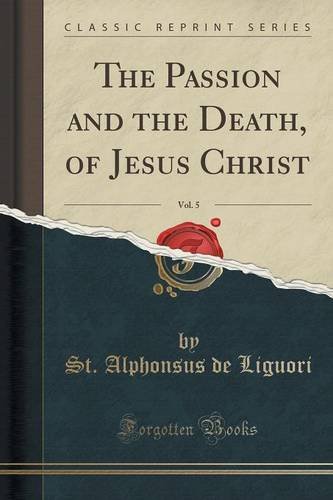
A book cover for The Passion and the Death, of Jesus Christ, Vol. 5 (Classic Reprint); St. Alphonsus de Liguori; Christian Books & Bibles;